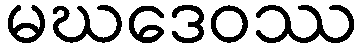
မဃဒေဝဿ